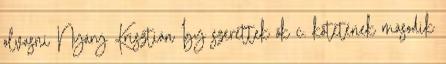
olvasni Nyáry Krisztián Így szerettek ők c. kötetének második